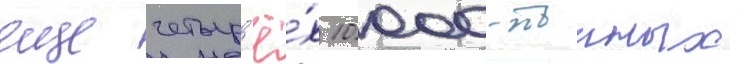
еще четыр'ё́х 10 000-тонных